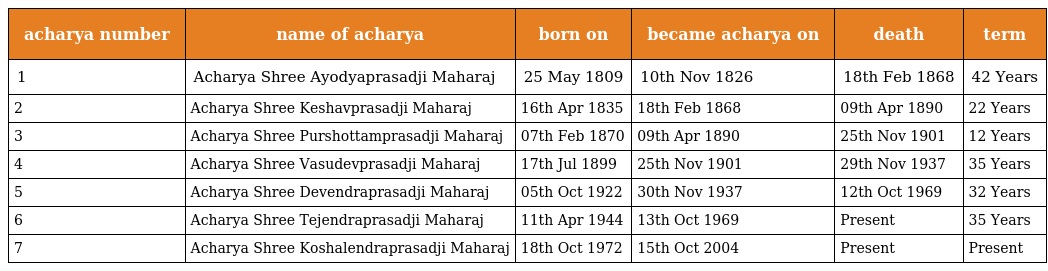
| acharya number | name of acharya | born on | became acharya on | death | term |
 | --- | --- | --- | --- | --- | --- |
 | 1 | Acharya Shree Ayodyaprasadji Maharaj | 25 May 1809 | 10th Nov 1826 | 18th Feb 1868 | 42 Years |
 | 2 | Acharya Shree Keshavprasadji Maharaj | 16th Apr 1835 | 18th Feb 1868 | 09th Apr 1890 | 22 Years |
 | 3 | Acharya Shree Purshottamprasadji Maharaj | 07th Feb 1870 | 09th Apr 1890 | 25th Nov 1901 | 12 Years |
 | 4 | Acharya Shree Vasudevprasadji Maharaj | 17th Jul 1899 | 25th Nov 1901 | 29th Nov 1937 | 35 Years |
 | 5 | Acharya Shree Devendraprasadji Maharaj | 05th Oct 1922 | 30th Nov 1937 | 12th Oct 1969 | 32 Years |
 | 6 | Acharya Shree Tejendraprasadji Maharaj | 11th Apr 1944 | 13th Oct 1969 | Present | 35 Years |
 | 7 | Acharya Shree Koshalendraprasadji Maharaj | 18th Oct 1972 | 15th Oct 2004 | Present | Present |